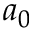
a _ { 0 }